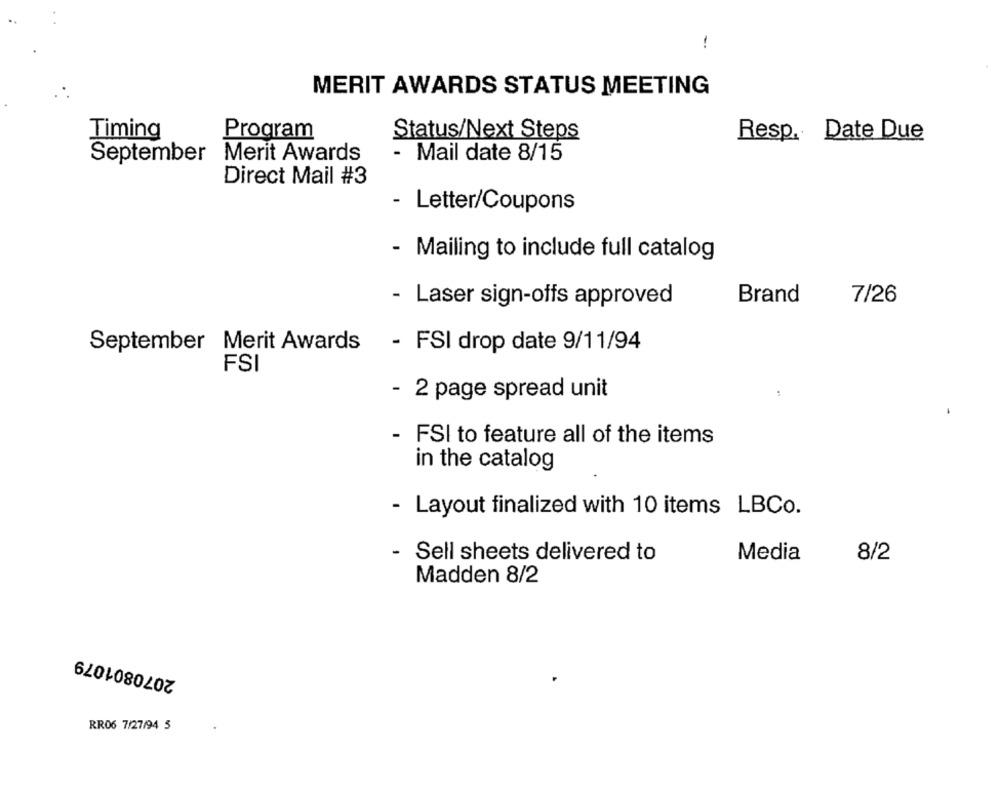
-
MERIT AWARDS STATUS MEETING
Timing
Program
Status/Next Steps
Resp. Date Due
Merit Awards
- Mail date 8/15
September
Direct Mail #3
- Letter/Coupons
- Mailing to include full catalog
Brand
7/26
- Laser sign-offs approved
September Merit Awards
- FSI drop date 9/11/94
FSI
- 2 page spread unit
- FSI to feature all of the items
in the catalog
- Layout finalized with 10 items LBCo.
- Sell sheets delivered to
Media
8/2
Madden 8/2
2070801079
RR06 7/27/94 5